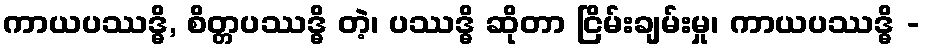
ကာယပဿဒ္ဓိ, စိတ္တပဿဒ္ဓိ တဲ့၊ ပဿဒ္ဓိ ဆိုတာ ငြိမ်းချမ်းမှု၊ ကာယပဿဒ္ဓိ -